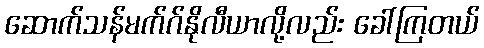
ဆောက်သန်မက်ဂ်နိုလီယာလို့လည်း ခေါ်ကြတယ်